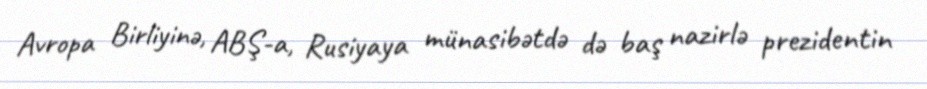
Avropa Birliyinə, ABŞ-a, Rusiyaya münasibətdə də baş nazirlə prezidentin